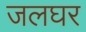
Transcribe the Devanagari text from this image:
जलघर